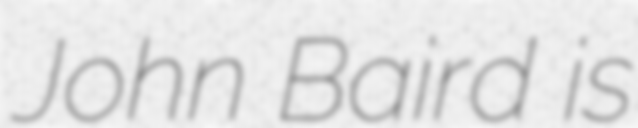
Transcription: John Baird is